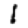
Digit: 1